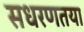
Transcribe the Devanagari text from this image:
सधरणतया